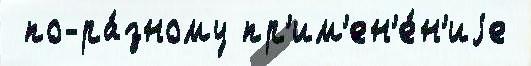
 по-ра́зному пр'им'ен'е́н'иjе